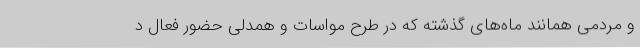
و مردمی همانند ماه‌های گذشته که در طرح مواسات و همدلی حضور فعال د